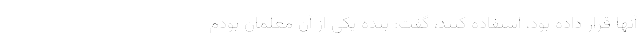
آنها قرار داده بود، استفاده کنند، گفت: بنده یکی از آن معلمان بودم